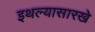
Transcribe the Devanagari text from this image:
इथल्यासारखे